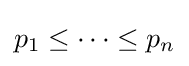
p_{1}\leq \cdots \leq p_{n}